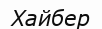
Хайбер